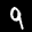
Label: 9